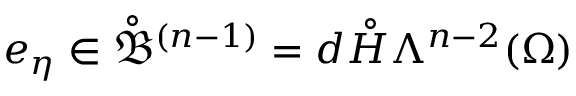
e _ { \eta } \in \mathring { \mathfrak { B } } ^ { ( n - 1 ) } = d \mathring { H } \Lambda ^ { n - 2 } ( \Omega )